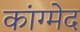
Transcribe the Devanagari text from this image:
कांग्मेद